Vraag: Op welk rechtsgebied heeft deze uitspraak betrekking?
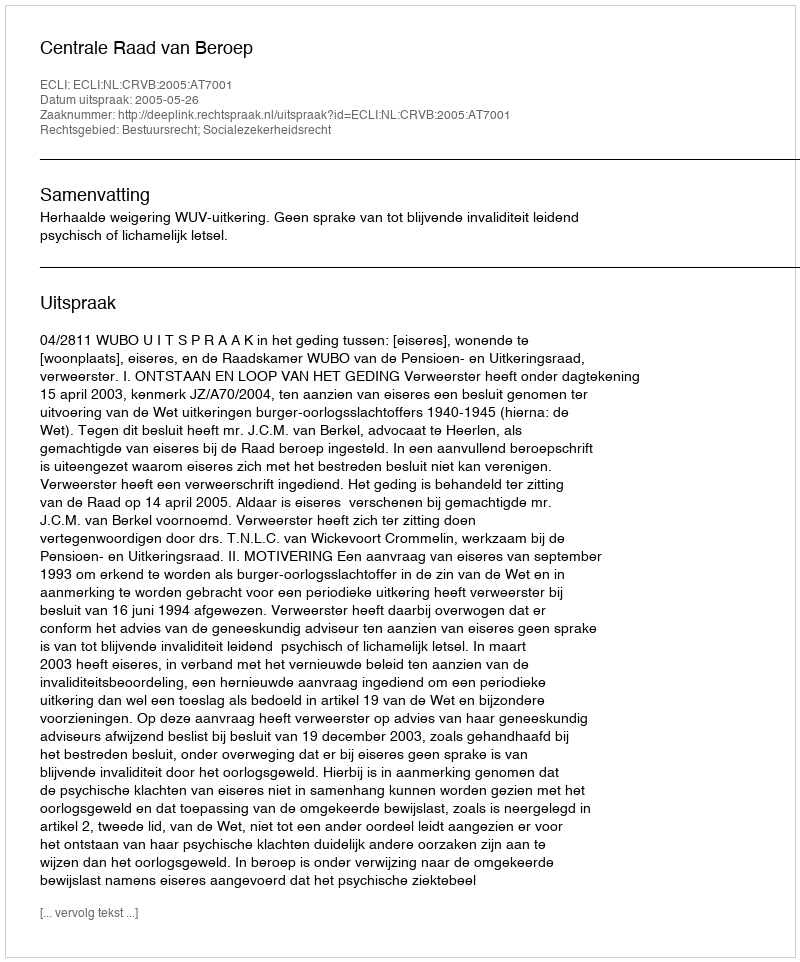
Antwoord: Bestuursrecht; Socialezekerheidsrecht